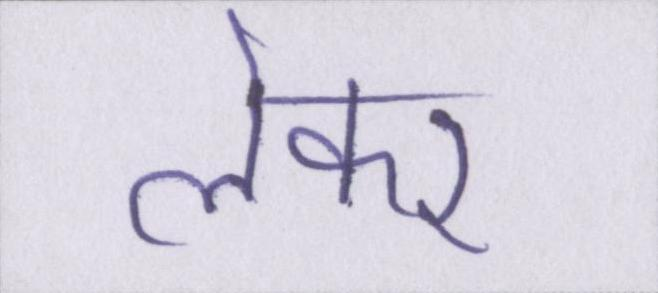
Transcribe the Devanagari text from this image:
लेकर